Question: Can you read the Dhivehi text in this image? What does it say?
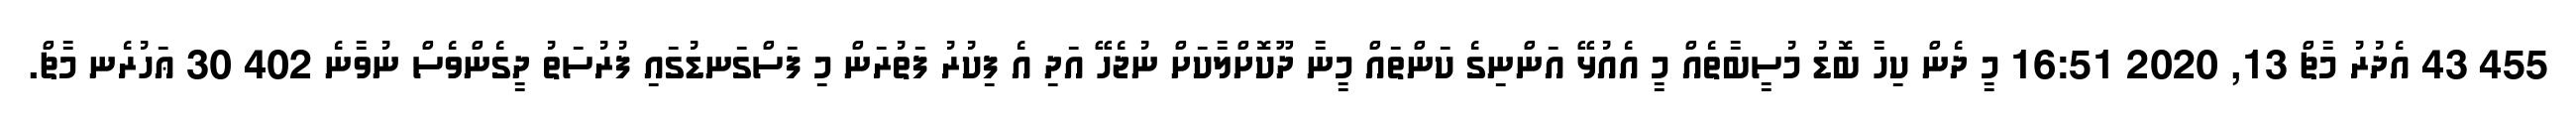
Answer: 455 43 އެދުރު މާޗް 13, 2020 16:51 މީ ދެން ކިހާ ބޮޑު މުސީބާތެއް މީ އެއުޅޭ އަންނިގެ ކަންތައް މީނާ ދޫކޮށްލާކަށް ނުޖެހޭ އަދި އެ ފިކުރު ފަތުރަން މި ފަސްގަނޑުގައި ފުރުސަތު ދީގެންވެސް ނުވާނެ 402 30 ޢަހުރެނ މާޗް.